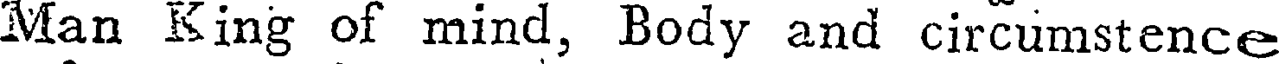
Man King of mind, Body and circumstence